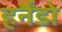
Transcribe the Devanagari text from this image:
हर्नैंडो